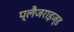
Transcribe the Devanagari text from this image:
प्लैजराइज्ड